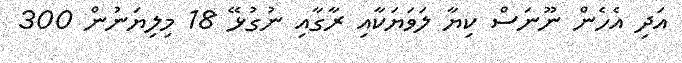
އަދި އެހެން ނޫނަސް ކިޔާ ލަވަޔަކާއި ރާގާއި ނުގުޅޭ 18 މިލިޔަނުން 300